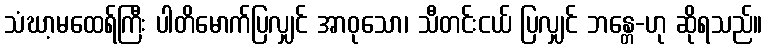
သံဃာ့မထေရ်ကြီး ပါတိမောက်ပြလျှင် အာဝုသော၊ သီတင်းငယ် ပြလျှင် ဘန္တေ-ဟု ဆိုရသည်။